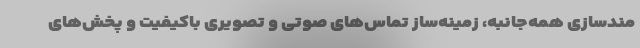
مندسازی همه‌جانبه، زمینه‌ساز تماس‌های صوتی و تصویری باکیفیت و پخش‌های